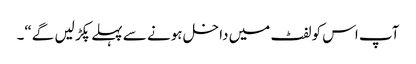
آپ اس کو لفٹ میں داخل ہونے سے پہلے پکڑ لیں گے“۔